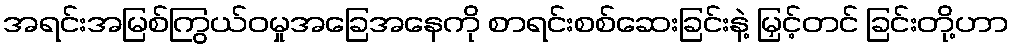
အရင်းအမြစ်ကြွယ်ဝမှုအခြေအနေကို စာရင်းစစ်ဆေးခြင်းနဲ့ မြှင့်တင် ခြင်းတို့ဟာ